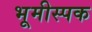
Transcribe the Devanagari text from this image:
भूमीस्पक